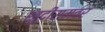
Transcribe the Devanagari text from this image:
खुदीरामवर